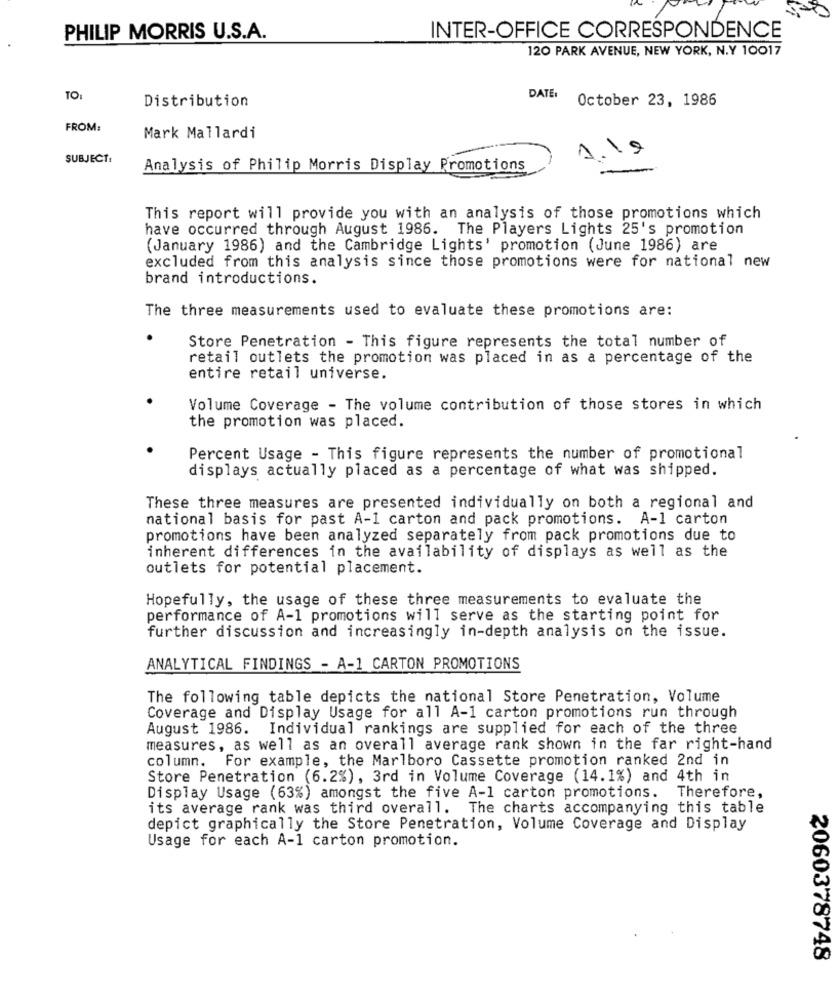
PHILIP MORRIS U.S.A.
INTER-OFFICE CORRESPONDENCE
120 PARK AVENUE, NEW YORK, N.Y 10017
TOI
Distribution
DATE:
October 23, 1986
FROM:
Mark Mallardi
19
SUBJECT:
Analysis of Philip Morris Display Promotions
This report will provide you with an analysis of those promotions which
have occurred through August 1986. The Players Lights 25's promotion
(January 1986) and the Cambridge Lights' promotion (June 1986) are
excluded from this analysis since those promotions were for national new
brand introductions.
The three measurements used to evaluate these promotions are:
Store Penetration - This figure represents the total number of
retail outlets the promotion was placed in as a percentage of the
entire retail universe.
Volume Coverage - The volume contribution of those stores in which
the promotion was placed.
Percent Usage - This figure represents the number of promotional
displays actually placed as a percentage of what was shipped.
These three measures are presented individually on both a regional and
national basis for past A-1 carton and pack promotions. A-1 carton
promotions have been analyzed separately from pack promotions due to
inherent differences in the availability of displays as well as the
outlets for potential placement.
Hopefully, the usage of these three measurements to evaluate the
performance of A-1 promotions will serve as the starting point for
further discussion and increasingly in-depth analysis on the issue.
ANALYTICAL FINDINGS - A-1 CARTON PROMOTIONS
The following table depicts the national Store Penetration, Volume
Coverage and Display Usage for all A-1 carton promotions run through
August 1986. Individual rankings are supplied for each of the three
measures, as well as an overall average rank shown in the far right-hand
column. For example, the Marlboro Cassette promotion ranked 2nd in
Store Penetration (6.2%), 3rd in Volume Coverage (14.1%) and 4th in
Display Usage (63%) amongst the five A-1 carton promotions. Therefore,
its average rank was third overall. The charts accompanying this table
depict graphically the Store Penetration, Volume Coverage and Display
Usage for each A-1 carton promotion.
2060378748